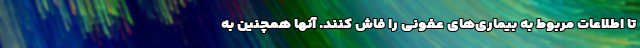
تا اطلاعات مربوط به بیماری‌های عفونی را فاش کنند. آنها همچنین به